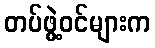
တပ်ဖွဲ့ဝင်များက